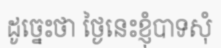
ដូច្នេះថា ថ្ងៃនេះខ្ញុំបាទសុំ